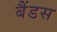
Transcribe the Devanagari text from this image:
बैंडस